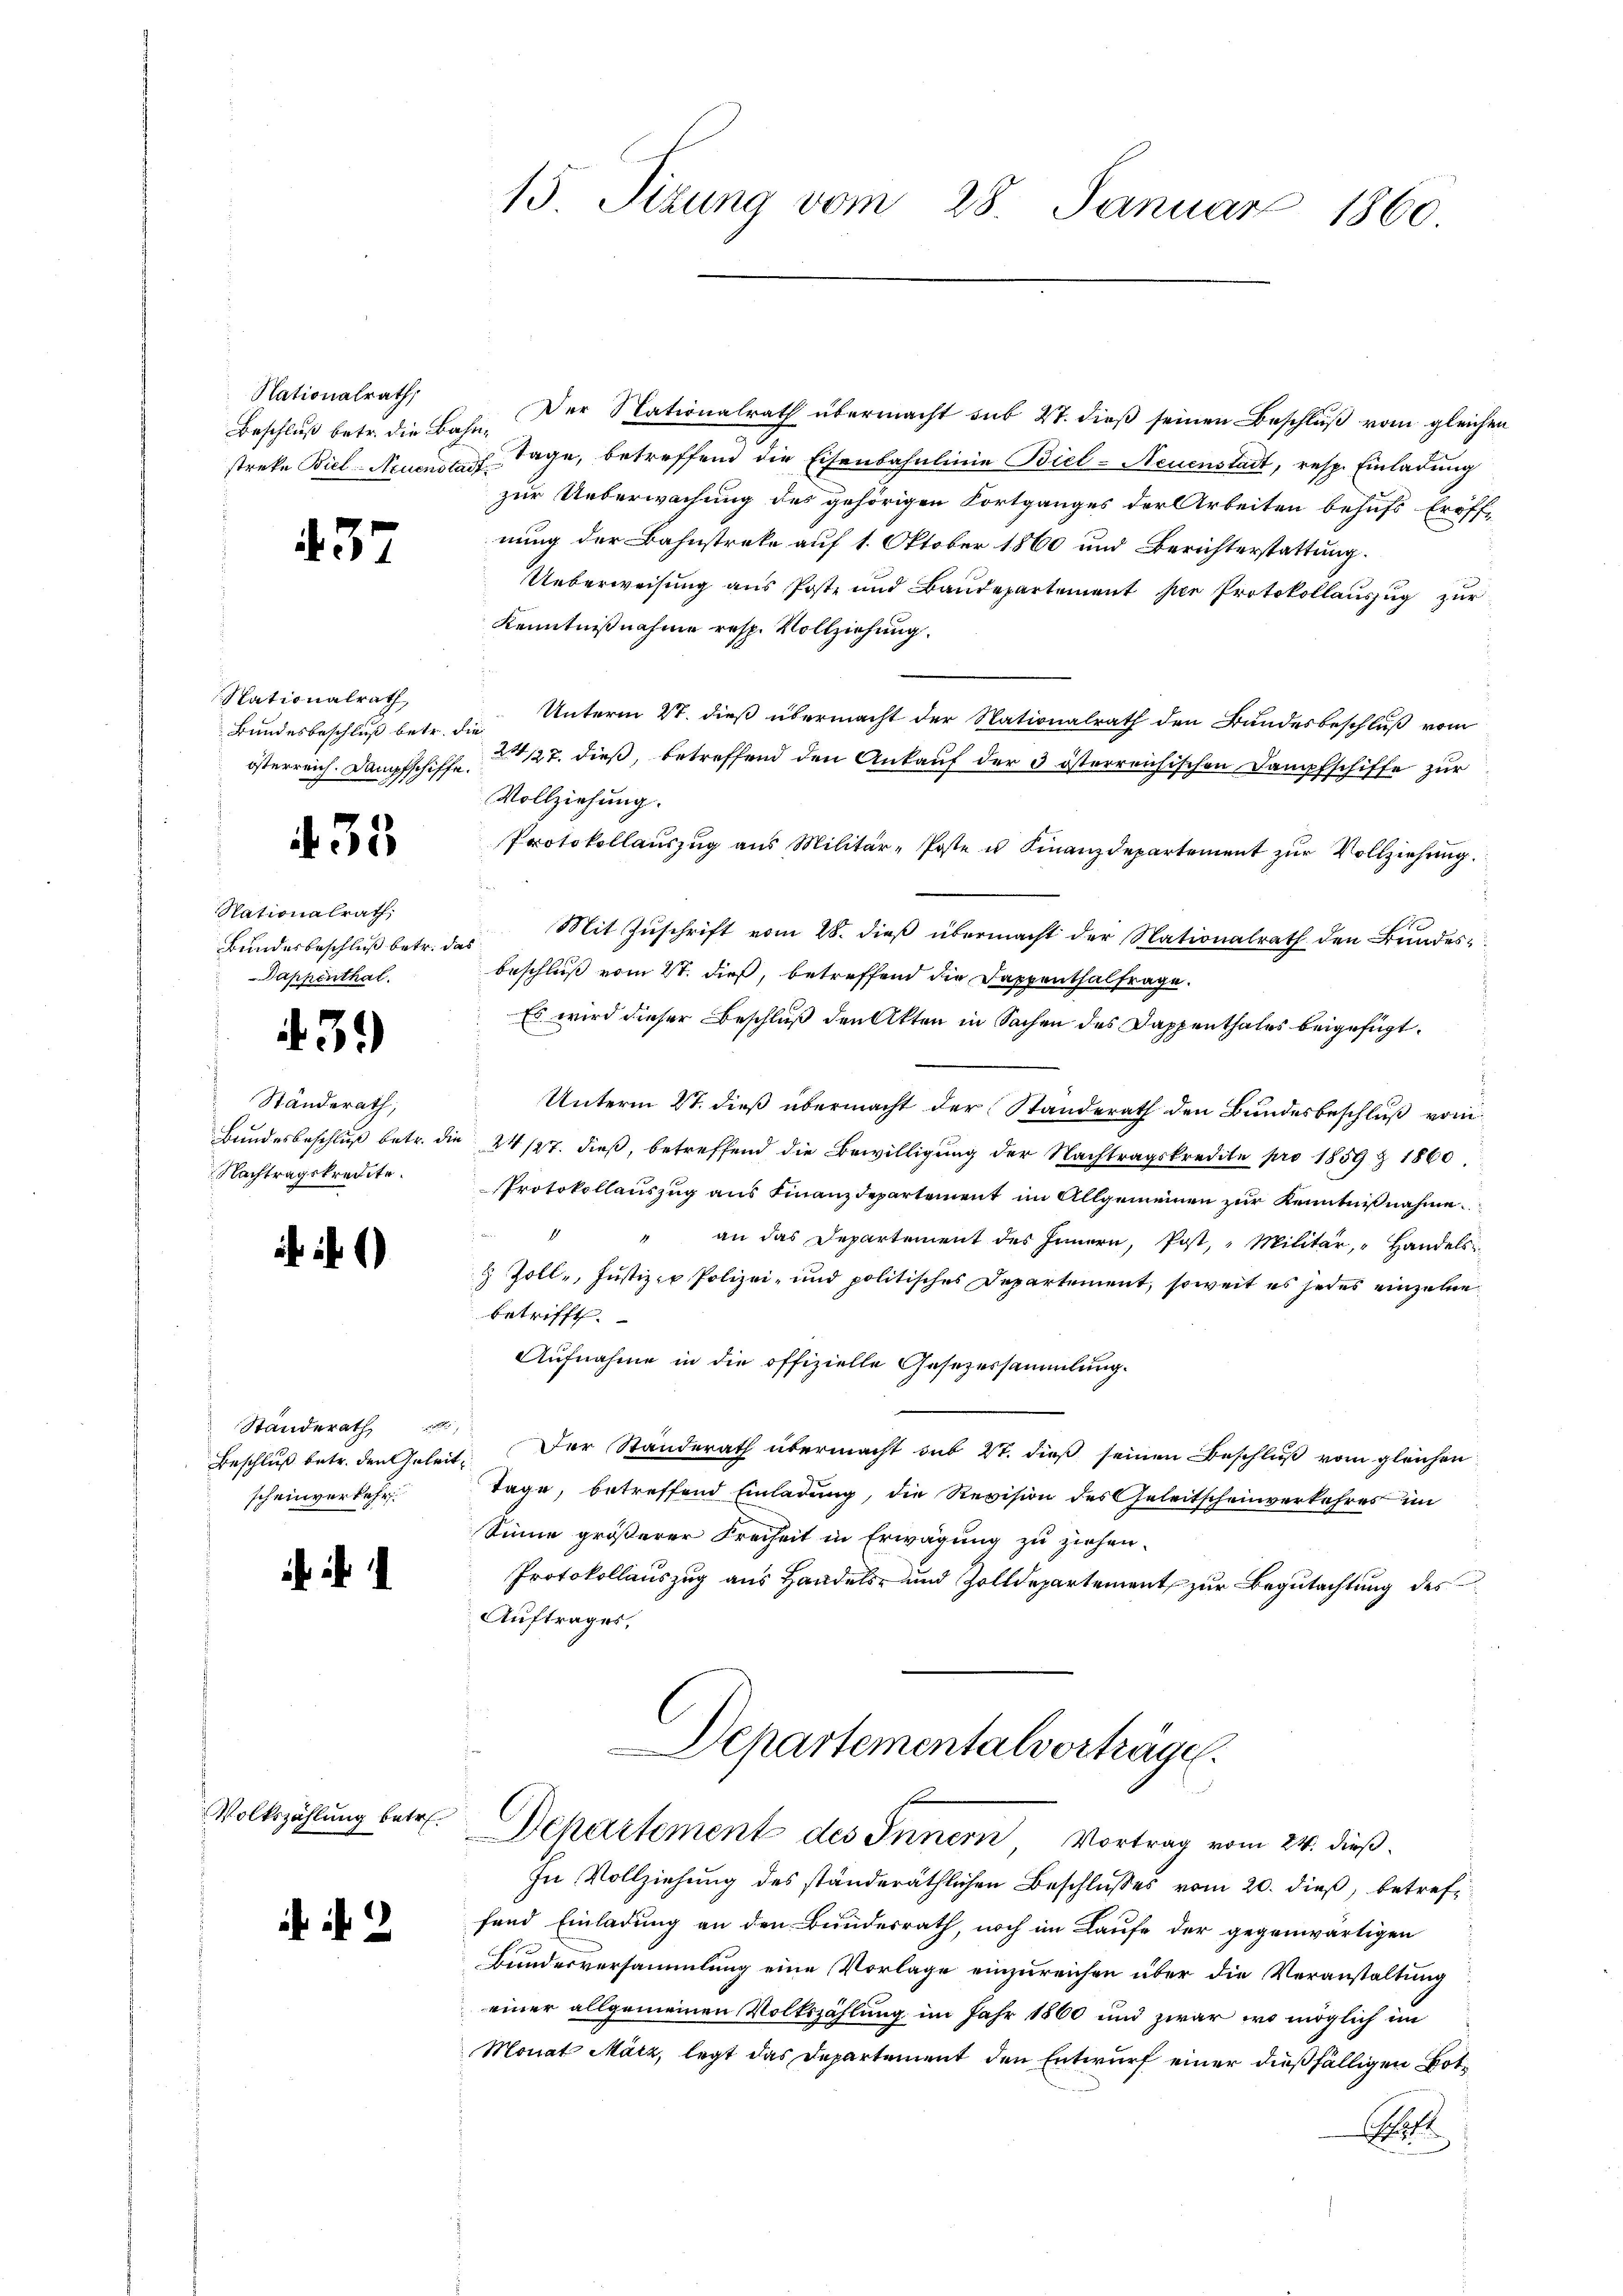
Nationalrath,

437

Nationalrath

33

Stationalrath,
Bundesbeschluß betr. d.
Dappenthal.

3.)

Standerath,
Nachtragskredite.

Standerath
Beschluß betr. den Geleis
scheinverkehr.

t

Volkszählung betr.

2.

13 Sizung vom 28. Januar 1860.

Beschluß betr. die Bahn. Der Nationalrath übermacht sub 27. dieß seinen Beschluß vom gleichen
streke Biel Neuensauf Tage, betreffend die Eisenbahnlinie Biel-Neuenstadt, resp. Einladung
zur Ueberwachung des gehörigen Fortganges der Arbeiten behufs Eröff-
nung der Bahnstreke auf 1. Oktober 1860 und Berichterstattung.
Ueberweisung aus Post- und Baudepartement sie Protokollauszug zur
Kenntnißnahme resp. Vollziehung.
Bundesbeschluß betr. die Unterm 27. dieß übermacht der Nationalrath den Bundesbeschluß vom
österreich. Dampfschiffe 127. dieß, betreffend den Ankauf der 3 österreichischen Dampfschiffe zur
Vollziehung.
Protokollaŭszŭg aŭs Militär-Poste u. Finanzdepartement zŭr Vollziehung.
das Mit Zuschrift vom 28. dieß übermacht der Nationalrath den Bundes
beschluß vom 27. dieß, betreffend die Dappenthalfrage.
Es wird dieser Beschluß den Akten in Sachen des Dappenthales beigefügt.
Unterm 27. dieß übermacht der Standerath den Bundesbeschluß vom
Bundesbeschluß betr. die 24 127. dieß, betreffend die Bewilligung der Nachtragskredite pro 1859 & 1860
Protokollauszug aus Finanzdepartement im Allgemeinen zur Kenntnißnahme.
" " an das Departement des Innern, Post, "Militär, Handels-
8 Zolle, Justiz- & Polizei- und politisches Departement, soweit es jedes einzelne
betrifft.
Aufnahme in die offizielle Gesezessammlung.
Der Standerath übermacht sub 27. dieß seinen Beschluß vom gleichen
t
Tage, betreffend Einladung, die Revision des Geleitscheinverkehres im
Sinne größerer Freiheit in Erwägung zu ziehen.
Protokollauszug aus Handels- und Zolldepartement zur Begutachtung des
Auftrages,

Departementalvorträge.
Departement des Innern Vortrag vom 24. dieß¬

In Vollziehung des ständeräthlichen Beschlußes vom 20. dieß, betreff
fand Einladung an den Bundesrath, noch im Laufe der gegenwärtigen
Bundesversammlung eine Vorlage einzureichen über die Veranstaltung
einer allgemeinen Volkszählung im Jahr 1860 und zwar wo möglich im
Monat März, legt das Departement den Entwurf einer dießfälligen Bot¬
A